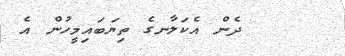
ދެން އެކަލާނގެ ތިޔަބައިމީހުން އެ